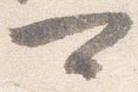
可